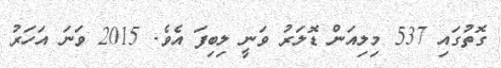
ގޮތުގައި 537 މިލިއަން ޑޮލަރު ވަނީ ލިބިފަ އެވެ. 2015 ވަނަ އަހަރު